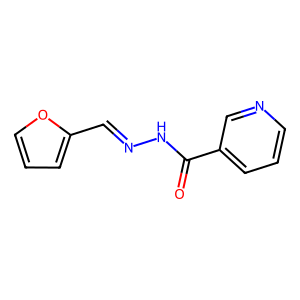
SMILES: O=C(NN=Cc1ccco1)c1cccnc1
Inhibits HIV replication: No